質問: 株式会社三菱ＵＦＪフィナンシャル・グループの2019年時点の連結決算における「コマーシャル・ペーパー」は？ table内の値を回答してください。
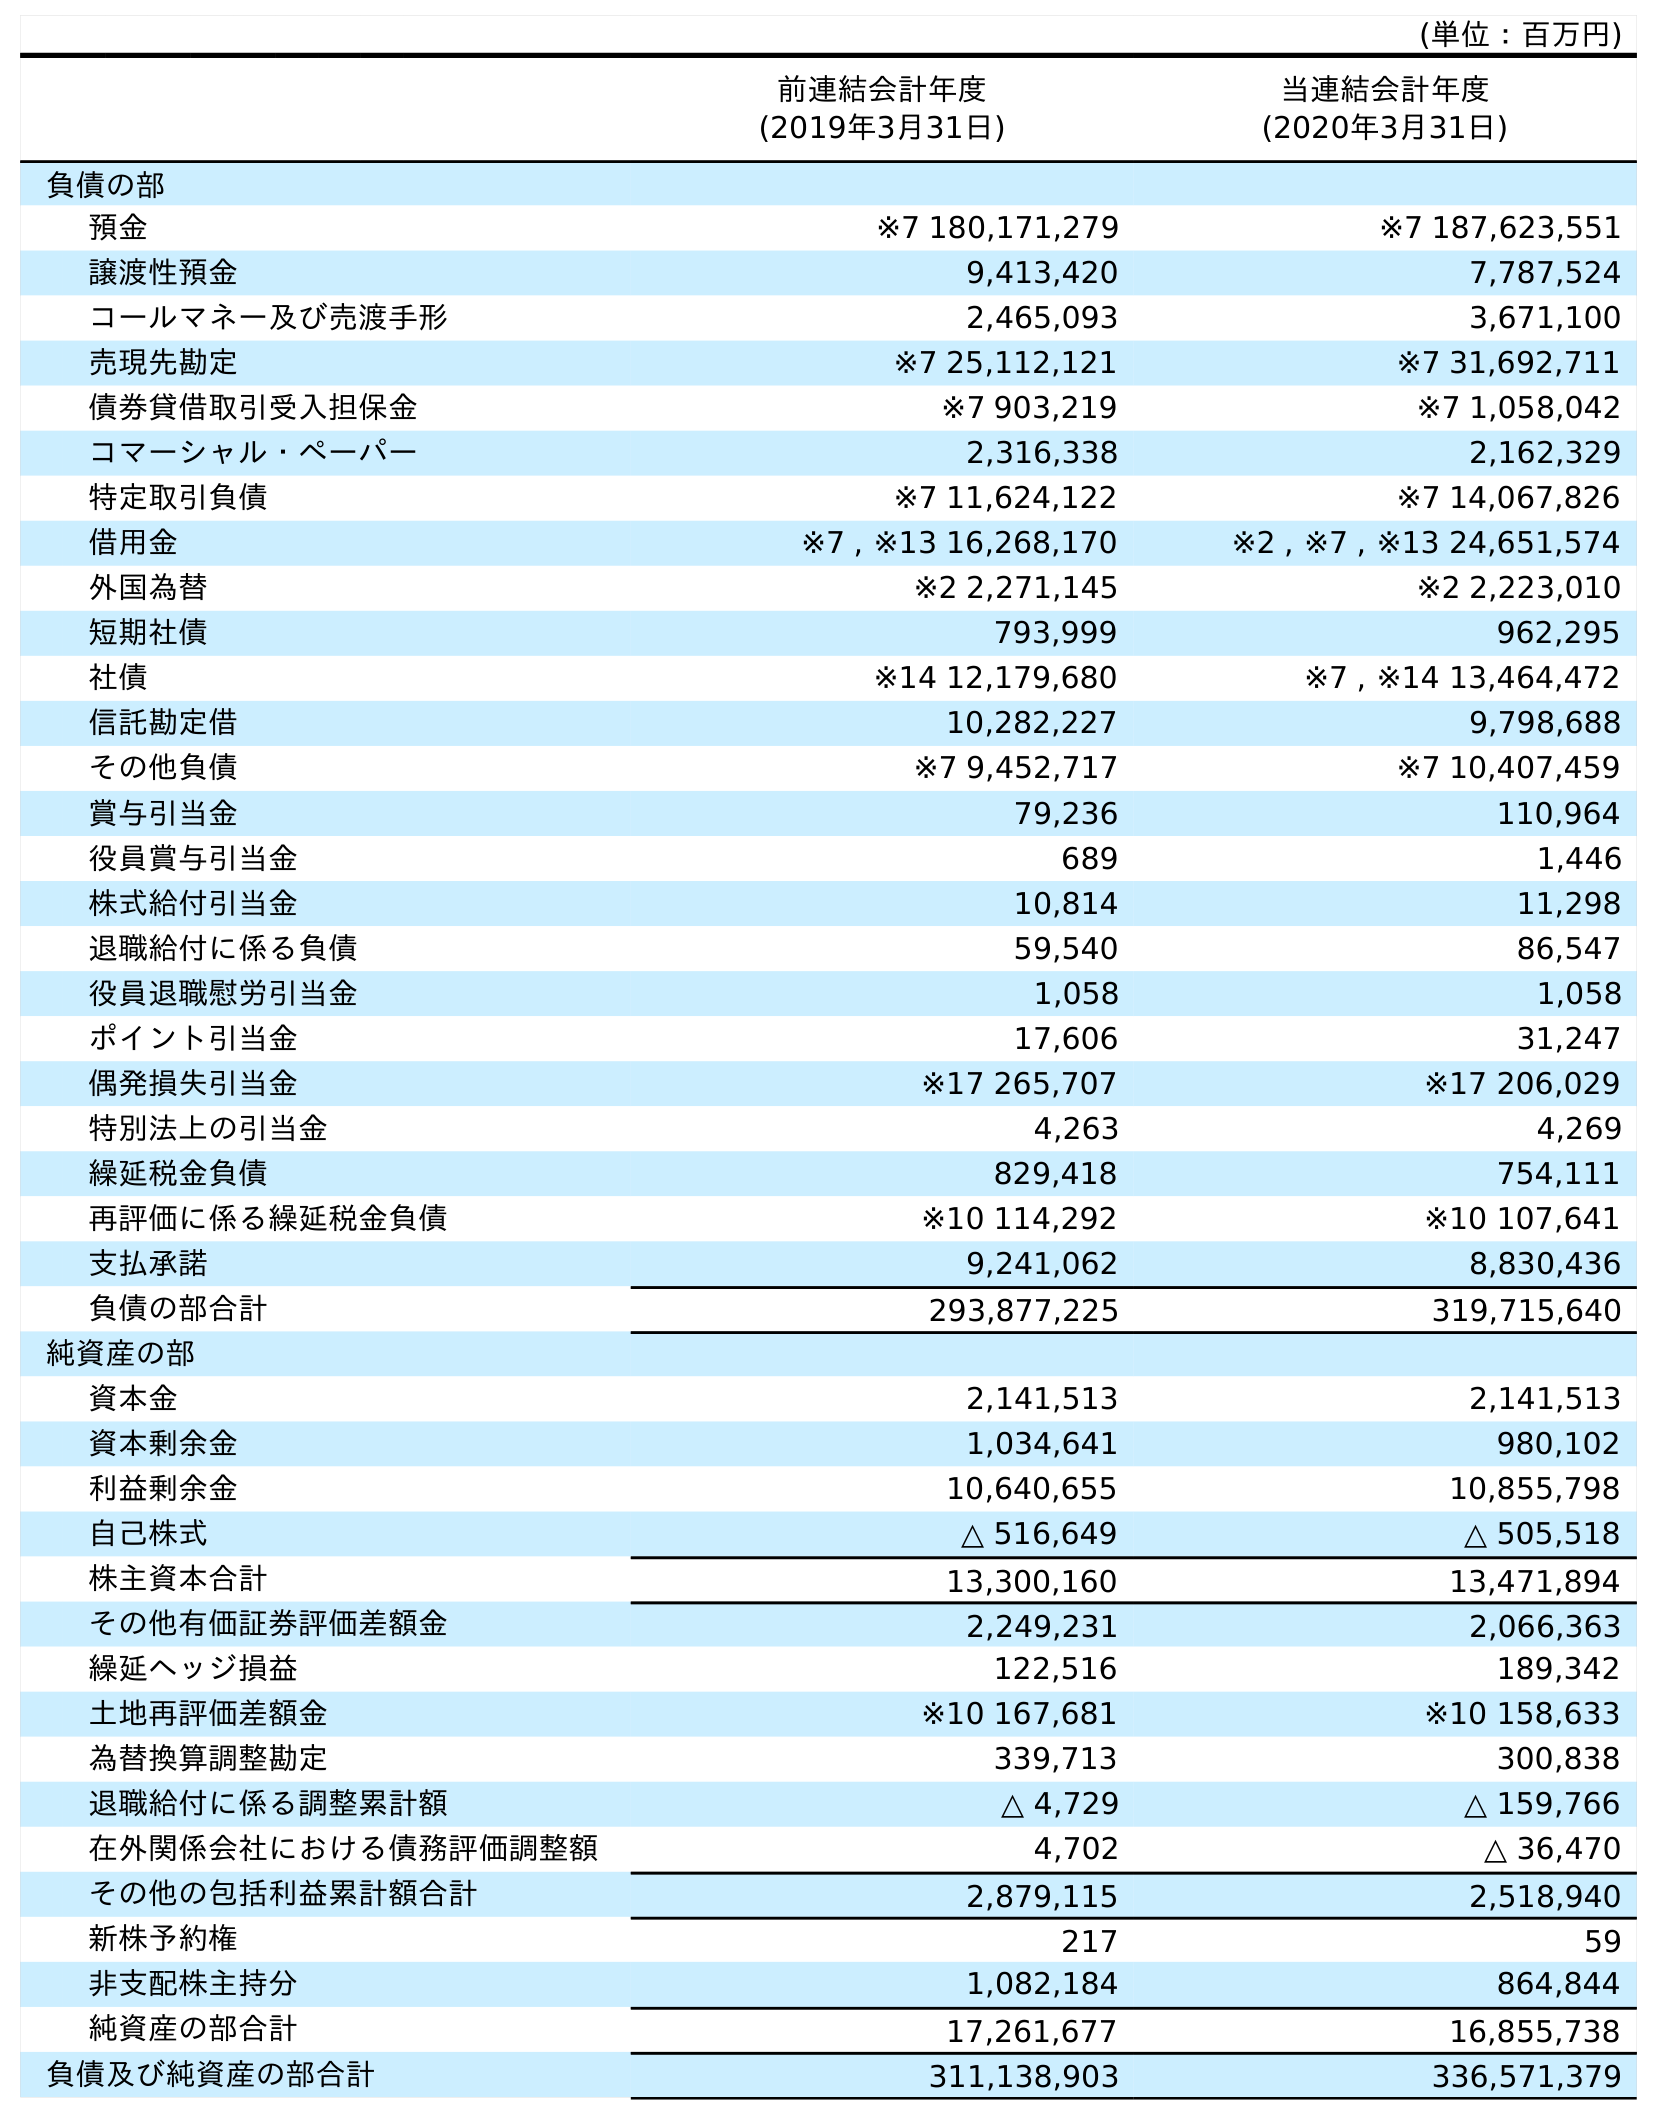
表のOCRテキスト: (単位：百万円) 前連結会計年度 (2019年3月31日) 当連結会計年度 (2020年3月31日) 負債の部 預金 ※7 180,171,279 ※7 187,623,551 譲渡性預金 9,413,420 7,787,524 コールマネー及び売渡手形 2,465,093 3,671,100 売現先勘定 ※7 25,112,121 ※7 31,692,711 債券貸借取引受入担保金 ※7 903,219 ※7 1,058,042 コマーシャル・ペーパー 2,316,338 2,162,329 特定取引負債 ※7 11,624,122 ※7 14,067,826 借用金 ※7 , ※13 16,268,170 ※2 , ※7 , ※13 24,651,574 外国為替 ※2 2,271,145 ※2 2,223,010 短期社債 793,999 962,295 社債 ※14 12,179,680 ※7 , ※14 13,464,472 信託勘定借 10,282,227 9,798,688 その他負債 ※7 9,452,717 ※7 10,407,459 賞与引当金 79,236 110,964 役員賞与引当金 689 1,446 株式給付引当金 10,814 11,298 退職給付に係る負債 59,540 86,547 役員退職慰労引当金 1,058 1,058 ポイント引当金 17,606 31,247 偶発損失引当金 ※17 265,707 ※17 206,029 特別法上の引当金 4,263 4,269 繰延税金負債 829,418 754,111 再評価に係る繰延税金負債 ※10 114,292 ※10 107,641 支払承諾 9,241,062 8,830,436 負債の部合計 293,877,225 319,715,640 純資産の部 資本金 2,141,513 2,141,513 資本剰余金 1,034,641 980,102 利益剰余金 10,640,655 10,855,798 自己株式 △ 516,649 △ 505,518 株主資本合計 13,300,160 13,471,894 その他有価証券評価差額金 2,249,231 2,066,363 繰延ヘッジ損益 122,516 189,342 土地再評価差額金 ※10 167,681 ※10 158,633 為替換算調整勘定 339,713 300,838 退職給付に係る調整累計額 △ 4,729 △ 159,766 在外関係会社における債務評価調整額 4,702 △ 36,470 その他の包括利益累計額合計 2,879,115 2,518,940 新株予約権 217 59 非支配株主持分 1,082,184 864,844 純資産の部合計 17,261,677 16,855,738 負債及び純資産の部合計 311,138,903 336,571,379
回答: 2,316,338